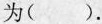
为().